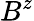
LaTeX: B^{z}